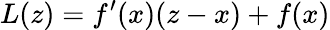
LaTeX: L(z)=f^{\prime}(x)(z-x)+f(x)